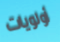
أولويات